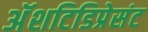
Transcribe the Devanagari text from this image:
अॅशटिडिप्रेसंट